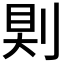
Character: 𠜹